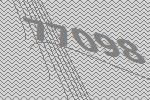
77098